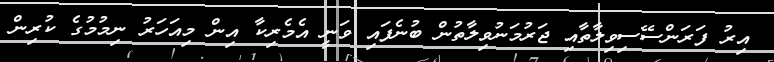
އިރު ފަރަންސޭސިވިލާތާއި ޖަރުމަނުވިލާތުން ބުނެފައި ވަނީ އެމެރިކާ އިން މިއަހަރު ނިމުމުގެ ކުރިން